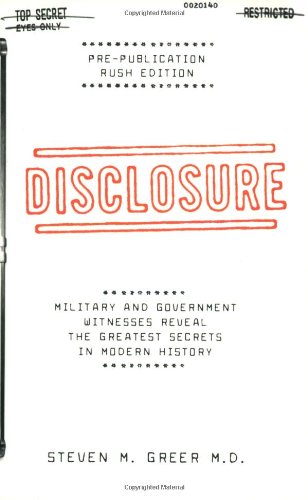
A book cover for Disclosure : Military and Government Witnesses Reveal the Greatest Secrets in Modern History; Steven M. Greer; Science & Math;